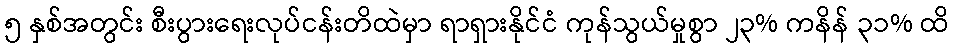
၅ နှစ်အတွင်း စီးပွားရေးလုပ်ငန်းတိထဲမှာ ရာရှားနိုင်ငံ ကုန်သွယ်မှုစွာ ၂၃% ကနိန် ၃၁% ထိ